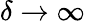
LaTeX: \delta\to\infty